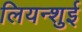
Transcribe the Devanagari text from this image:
लियन्शुई